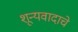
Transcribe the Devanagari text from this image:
शून्यवादाचे